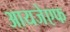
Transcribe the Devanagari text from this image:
आयजेएफ